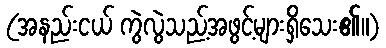
(အနည်းငယ် ကွဲလွဲသည့်အဖွင့်များရှိသေး၏။)